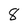
Character: 8